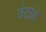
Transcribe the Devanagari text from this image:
उंटाडे